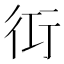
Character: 𮕢